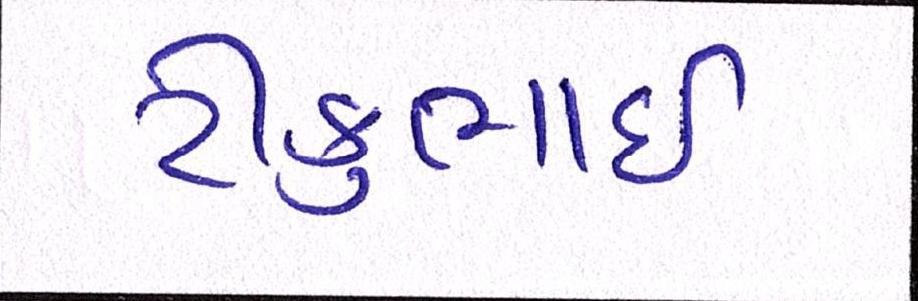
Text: ટીકુભાઇ